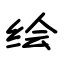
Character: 绘